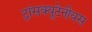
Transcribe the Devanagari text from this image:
ट्रांसक्यूटेनीयस